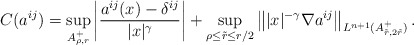
\begin{align*}C(a^{ij}) = \sup\limits_{A_{\rho,r}^+} \left| \frac{a^{ij}(x)-\delta^{ij}}{|x|^{\gamma}} \right| + \sup\limits_{\rho\leq \tilde{r}\leq r/2} \left\| |x|^{-\gamma} \nabla a^{ij} \right\|_{L^{n+1}(A_{\tilde{r},2\tilde{r}}^+)}.\end{align*}